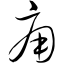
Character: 痈